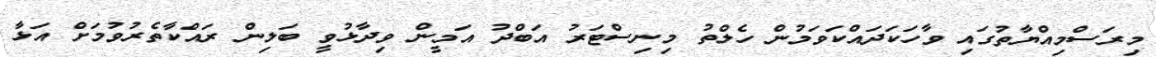
މިރަސްމިއްޔާތުގައި ވާހަކަދައްކަވަމުން ހެލްތު މިނިސްޓަރު އަބްދު އަމީން ވިދާޅުވީ ބަލިން ރައްކާތެރުވުމަށް އަޅާ